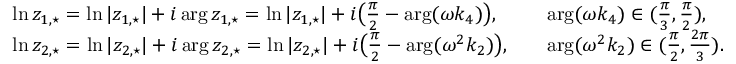
\begin{array} { r l r l } & { \ln z _ { 1 , \star } = \ln | z _ { 1 , \star } | + i \arg z _ { 1 , \star } = \ln | z _ { 1 , \star } | + i \big ( \frac { \pi } { 2 } - \arg ( \omega k _ { 4 } ) \big ) , } & & { \arg ( \omega k _ { 4 } ) \in ( \frac { \pi } { 3 } , \frac { \pi } { 2 } ) , } \\ & { \ln z _ { 2 , \star } = \ln | z _ { 2 , \star } | + i \arg z _ { 2 , \star } = \ln | z _ { 2 , \star } | + i \big ( \frac { \pi } { 2 } - \arg ( \omega ^ { 2 } k _ { 2 } ) \big ) , } & & { \arg ( \omega ^ { 2 } k _ { 2 } ) \in ( \frac { \pi } { 2 } , \frac { 2 \pi } { 3 } ) . } \end{array}